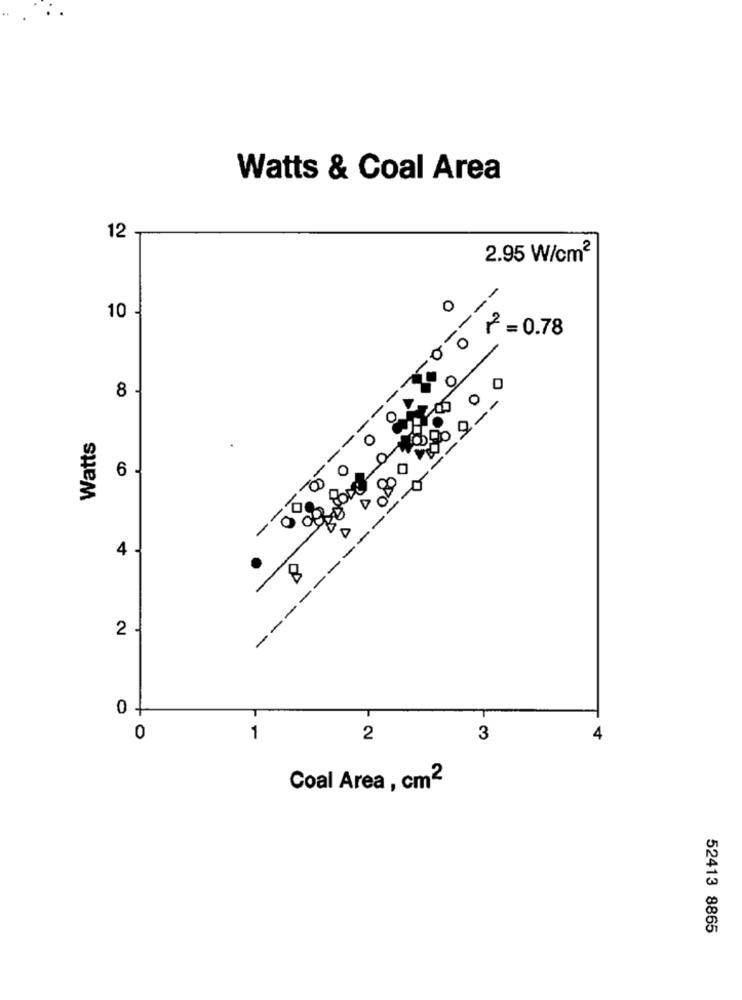
Watts & Coal Area
12
2.95 W/cm2
10 -
0
₼ = 0.78
0
0
8
Watts
6 -
3
4 J
--
2
-
0
0
1
2
3
4
Coal Area , cm2
52413 8865